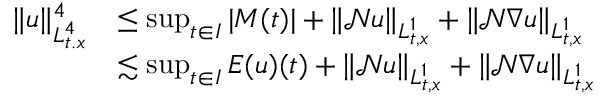
\begin{array} { r l } { \| u \| _ { L _ { t . x } ^ { 4 } } ^ { 4 } } & { \leq \operatorname* { s u p } _ { t \in I } | M ( t ) | + \| \mathcal { N } u \| _ { L _ { t , x } ^ { 1 } } + \| \mathcal { N } \nabla u \| _ { L _ { t , x } ^ { 1 } } } \\ & { \lesssim \operatorname* { s u p } _ { t \in I } E ( u ) ( t ) + \| \mathcal { N } u \| _ { L _ { t , x } ^ { 1 } } + \| \mathcal { N } \nabla u \| _ { L _ { t , x } ^ { 1 } } } \end{array}